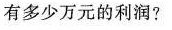
有多少万元的利润?